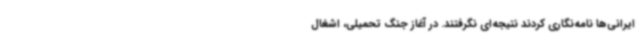
ایرانی‌ها نامه‌نگاری کردند نتیجه‌ای نگرفتند. در آغاز جنگ تحمیلی، اشغال